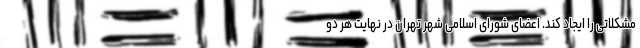
مشکلاتی را ایجاد کند. اعضای شورای اسلامی شهر تهران در نهایت هر دو